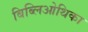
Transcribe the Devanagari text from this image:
बिब्लिओथिका